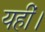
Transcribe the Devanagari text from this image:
यहीं।